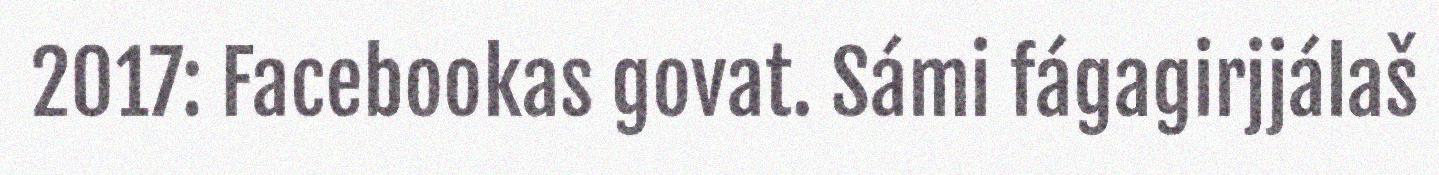
2017: Facebookas govat. Sámi fágagirjjálaš